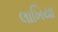
લાખિયા